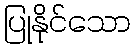
ပြုနိုင်သော